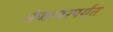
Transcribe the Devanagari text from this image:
तंजावरपर्यंत